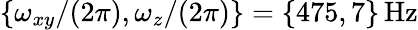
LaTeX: \{ \omega_{xy}/(2\pi),\omega_{z}/(2\pi)\} =\{ 475,7\} \, \mathrm{Hz}